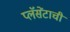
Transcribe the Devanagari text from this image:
प्लॅसेंटाची